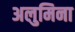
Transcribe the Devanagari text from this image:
अलुमिना